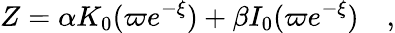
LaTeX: Z=\alpha K_{0}(\varpi e^{-\xi})+\beta I_{0}(\varpi e^{-\xi})\quad,